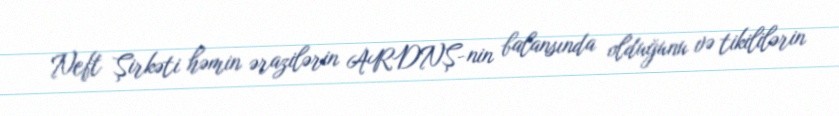
Neft Şirkəti həmin ərazilərin ARDNŞ-nin balansında olduğunu və tikililərin